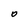
Character: 0